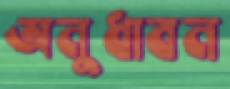
অনুধাবন